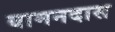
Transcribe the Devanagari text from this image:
बामनदास